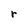
Character: r